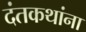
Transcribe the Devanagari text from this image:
दंतकथांना